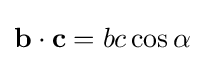
\mathbf {b} \cdot \mathbf {c} =bc\cos {\alpha }